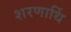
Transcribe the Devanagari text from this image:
शरणार्थि